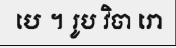
បេ ។ រូប វិចា រោ